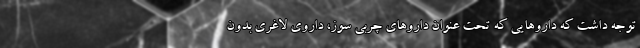
توجه داشت که داروهایی که تحت عنوان داروهای چربی سوز، داروی لاغری بدون